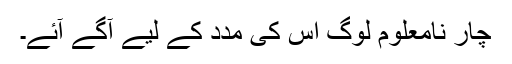
چار نامعلوم لوگ اس کی مدد کے لیے آگے آئے۔